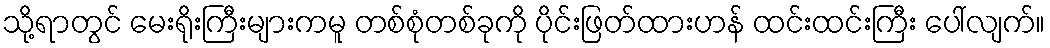
သို့ရာတွင် မေးရိုးကြီးများကမူ တစ်စုံတစ်ခုကို ပိုင်းဖြတ်ထားဟန် ထင်းထင်းကြီး ပေါ်လျက်။